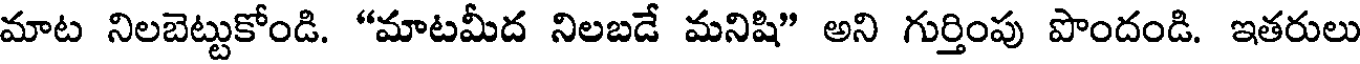
మాట నిలబెట్టుకోండి. "మాటమీద నిలబడే మనిషి" అని గుర్తింపు పొందండి. ఇతరులు